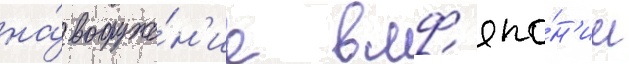
на́ вооруже́н'ие вмф япо́н'ии